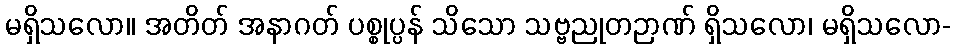
မရှိသလော။ အတိတ် အနာဂတ် ပစ္စုပ္ပန် သိသော သဗ္ဗညုတဉာဏ် ရှိသလော၊ မရှိသလော-